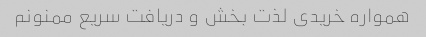
همواره خریدی لذت بخش و دریافت سریع ممنونم